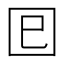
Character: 𡆳